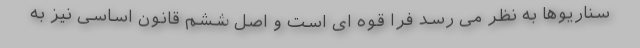
سناریوها به نظر می رسد فرا قوه ای است و اصل ششم قانون اساسی نیز به